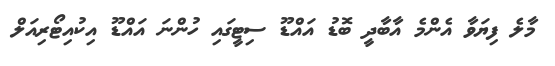
މާލެ ފިޔަވާ އެންމެ އާބާދީ ބޮޑު އައްޑޫ ސިޓީގައި ހުންނަ އައްޑޫ އިކުއިޓޯރިއަލް